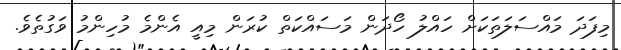
މިފަދަ މައްސަލަތަކަށް ހައްލު ހޯދަން މަސައްކަތް ކުރަން މިއީ އެންމެ މުހިންމު ވަގުތެވެ.